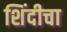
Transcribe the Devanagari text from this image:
शिंदीचा